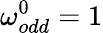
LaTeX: \omega_{odd}^{0}=1